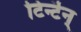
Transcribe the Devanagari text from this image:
टिन्टॆन्